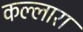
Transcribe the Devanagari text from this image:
कल्लारा